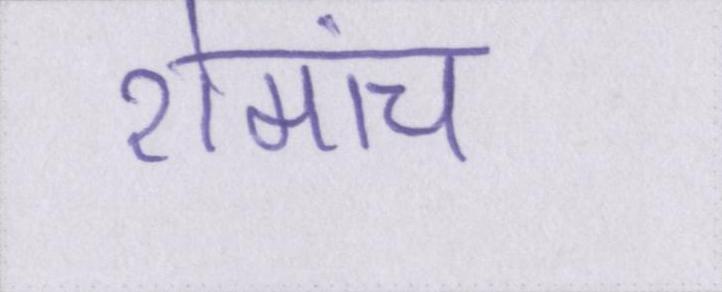
रोमांच